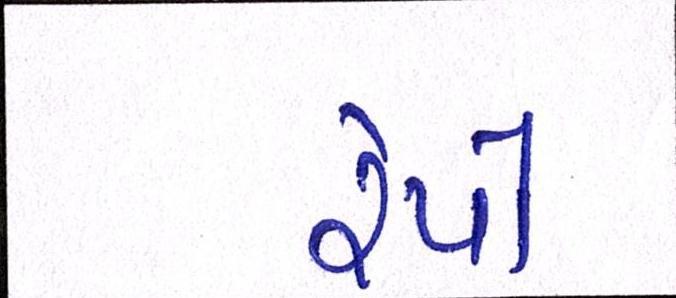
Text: રેપો